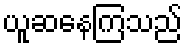
ယူဆနေကြသည်